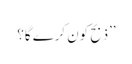
’’ذبح کون کرے گا؟